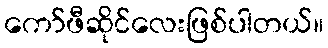
ကော်ဖီဆိုင်လေးဖြစ်ပါတယ်။